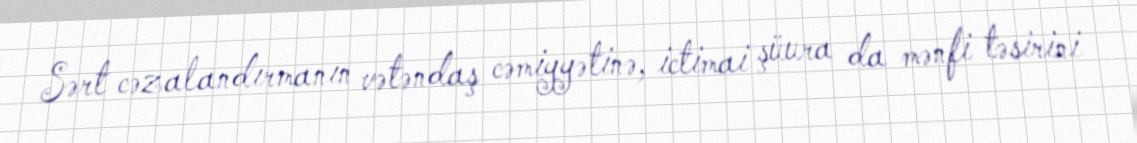
Sərt cəzalandırmanın vətəndaş cəmiyyətinə, ictimai şüura da mənfi təsirini